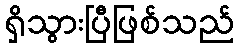
ရှိသွားပြီဖြစ်သည်